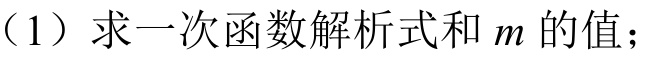
（1）求一次函数解析式和\(m\)的值；